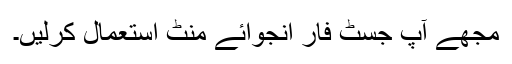
مجھے آپ جسٹ فار انجوائے منٹ استعمال کرلیں۔